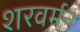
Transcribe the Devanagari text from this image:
शरवर्मन